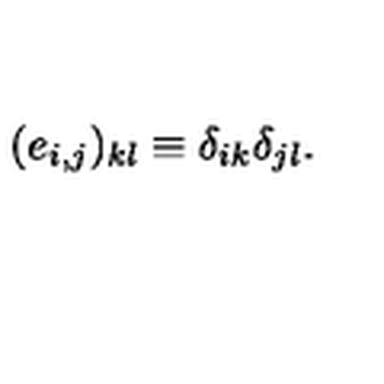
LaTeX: ( e _ { i , j } ) _ { k l } \equiv \delta _ { i k } \delta _ { j l } .